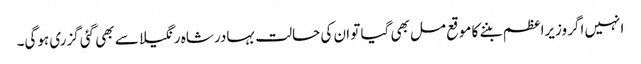
انہیں اگر وزیراعظم بننے کا موقع مل بھی گیا تو ان کی حالت بہادر شاہ رنگیلا سے بھی گئی گزری ہوگی۔